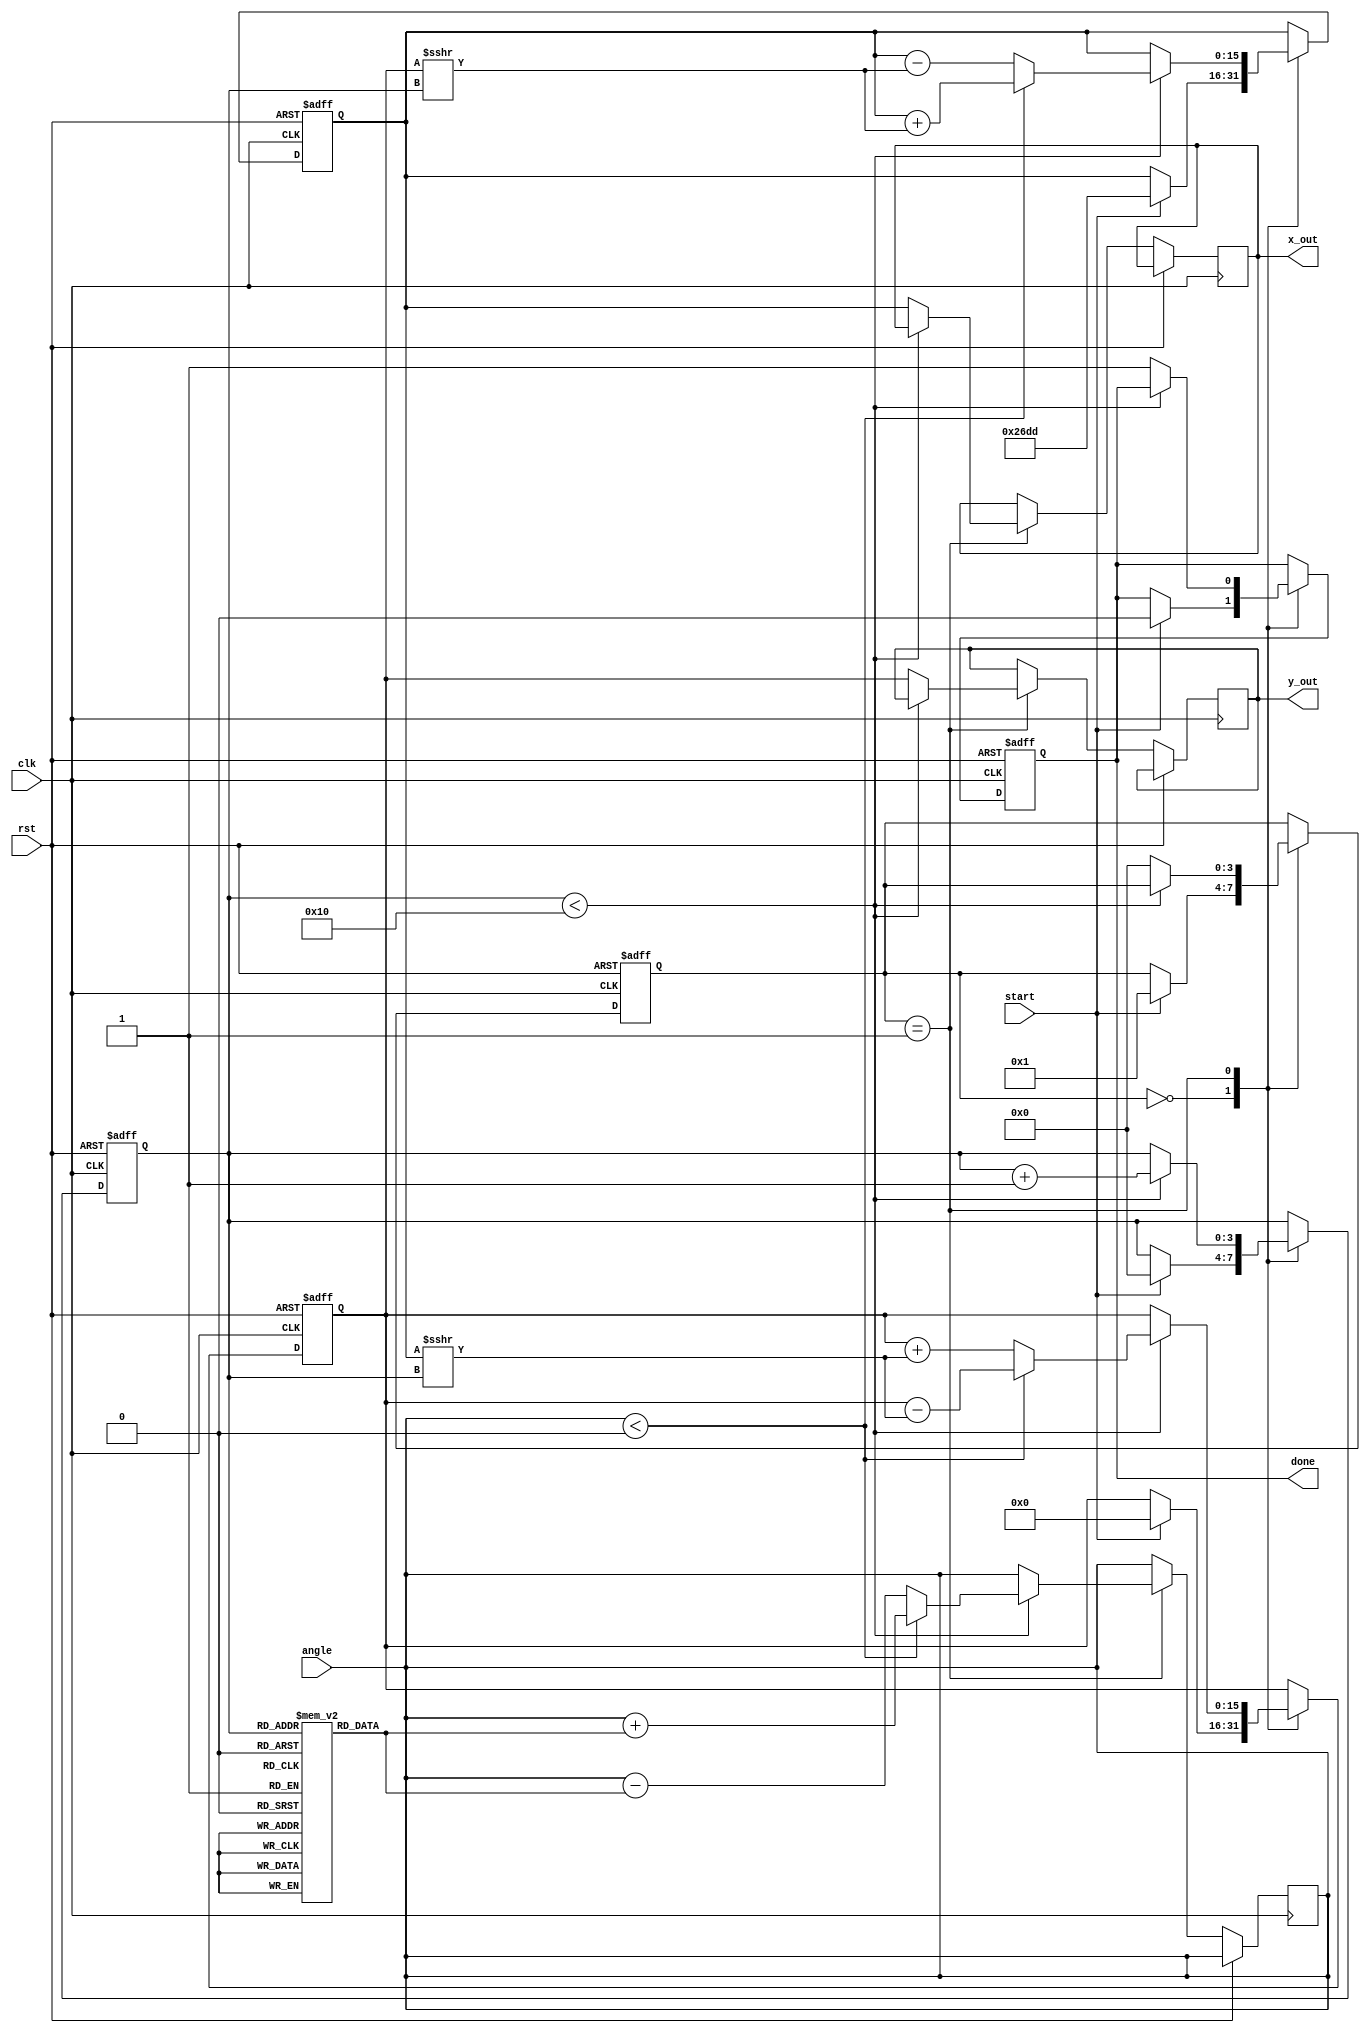
module cordic (
    input wire clk,
    input wire rst,
    input wire start,
    input wire signed [15:0] angle, // Input angle (16-bit signed)
    output reg signed [15:0] x_out,  // Output x (cosine)
    output reg signed [15:0] y_out,  // Output y (sine)
    output reg done                 // Done signal
);

parameter N = 16; // Number of iterations
parameter K = 16'h26DD; // Scaling factor for N iterations (approx 0.607)

reg signed [15:0] x, y; // Internal x and y registers
reg [3:0] state;        // State register
reg [3:0] iteration;    // Iteration counter
reg signed [15:0] atan_lut [0:N-1]; // Lookup table for arctangent values

// Initialize LUT with pre-computed arctangent values
initial begin
    atan_lut[0] = 16'h2000; // atan(2^0) = 0.7854 (in Q15 format)
    atan_lut[1] = 16'h1333; // atan(2^-1) = 0.4636
    atan_lut[2] = 16'h0A3D; // atan(2^-2) = 0.2449
    atan_lut[3] = 16'h0519; // atan(2^-3) = 0.1244
    atan_lut[4] = 16'h028F; // atan(2^-4) = 0.0624
    atan_lut[5] = 16'h0144; // atan(2^-5) = 0.0312
    atan_lut[6] = 16'h00A2; // atan(2^-6) = 0.0156
    atan_lut[7] = 16'h0051; // atan(2^-7) = 0.0078
    atan_lut[8] = 16'h0028; // atan(2^-8) = 0.0039
    atan_lut[9] = 16'h0014; // atan(2^-9) = 0.0019
    atan_lut[10] = 16'h000A; // atan(2^-10) = 0.0009
    atan_lut[11] = 16'h0005; // atan(2^-11) = 0.0005
    atan_lut[12] = 16'h0002; // atan(2^-12) = 0.0002
    atan_lut[13] = 16'h0001; // atan(2^-13) = 0.0001
    atan_lut[14] = 16'h0001; // atan(2^-14) = 0.0001
    atan_lut[15] = 16'h0000; // atan(2^-15) = 0.0000
end

// State machine and control logic
always @(posedge clk or posedge rst) begin
    if (rst) begin
        state <= 0;
        iteration <= 0;
        x <= K; // Initialize x to scaling factor
        y <= 0; // Initialize y to 0
        done <= 0;
    end else begin
        case (state)
            0: begin // Idle state
                if (start) begin
                    x <= K; // Reset x to scaling factor
                    y <= 0; // Reset y to 0
                    iteration <= 0; // Reset iteration counter
                    done <= 0;
                    state <= 1; // Move to processing state
                end
            end
            1: begin // Processing state
                if (iteration < N) begin
                    // CORDIC rotation logic
                    if (angle < 0) begin
                        // Counter-clockwise rotation
                        x <= x + (y >>> iteration);
                        y <= y - (x >>> iteration);
                        angle <= angle + atan_lut[iteration];
                    end else begin
                        // Clockwise rotation
                        x <= x - (y >>> iteration);
                        y <= y + (x >>> iteration);
                        angle <= angle - atan_lut[iteration];
                    end
                    iteration <= iteration + 1; // Increment iteration
                end else begin
                    // Finalize output
                    x_out <= x;
                    y_out <= y;
                    done <= 1; // Indicate completion
                    state <= 0; // Return to idle state
                end
            end
        endcase
    end
end

endmodule